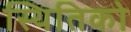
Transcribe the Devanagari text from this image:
स्थितिको